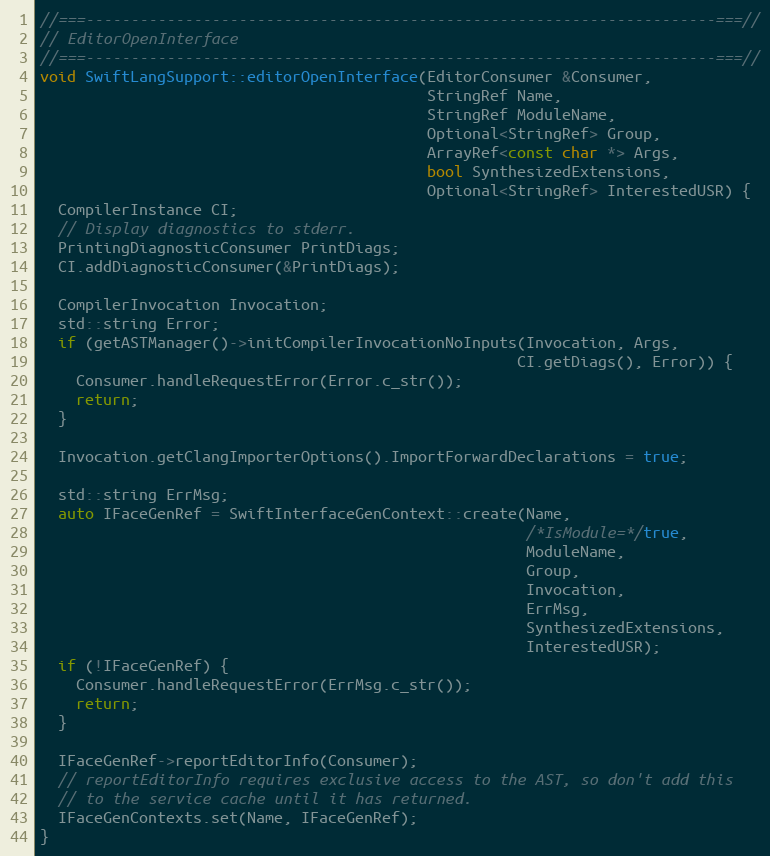
Language: C++
//===----------------------------------------------------------------------===//
// EditorOpenInterface
//===----------------------------------------------------------------------===//
void SwiftLangSupport::editorOpenInterface(EditorConsumer &Consumer,
                                           StringRef Name,
                                           StringRef ModuleName,
                                           Optional<StringRef> Group,
                                           ArrayRef<const char *> Args,
                                           bool SynthesizedExtensions,
                                           Optional<StringRef> InterestedUSR) {
  CompilerInstance CI;
  // Display diagnostics to stderr.
  PrintingDiagnosticConsumer PrintDiags;
  CI.addDiagnosticConsumer(&PrintDiags);

  CompilerInvocation Invocation;
  std::string Error;
  if (getASTManager()->initCompilerInvocationNoInputs(Invocation, Args,
                                                     CI.getDiags(), Error)) {
    Consumer.handleRequestError(Error.c_str());
    return;
  }

  Invocation.getClangImporterOptions().ImportForwardDeclarations = true;

  std::string ErrMsg;
  auto IFaceGenRef = SwiftInterfaceGenContext::create(Name,
                                                      /*IsModule=*/true,
                                                      ModuleName,
                                                      Group,
                                                      Invocation,
                                                      ErrMsg,
                                                      SynthesizedExtensions,
                                                      InterestedUSR);
  if (!IFaceGenRef) {
    Consumer.handleRequestError(ErrMsg.c_str());
    return;
  }

  IFaceGenRef->reportEditorInfo(Consumer);
  // reportEditorInfo requires exclusive access to the AST, so don't add this
  // to the service cache until it has returned.
  IFaceGenContexts.set(Name, IFaceGenRef);
}